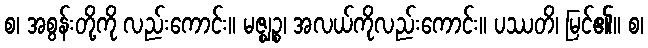
စ၊ အစွန်းတို့ကို လည်းကောင်း။ မဇ္ဈဉ္စ၊ အလယ်ကိုလည်းကောင်း။ ပဿတိ၊ မြင်၏။ စ၊